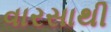
વારસાથી